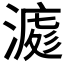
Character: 𣼀